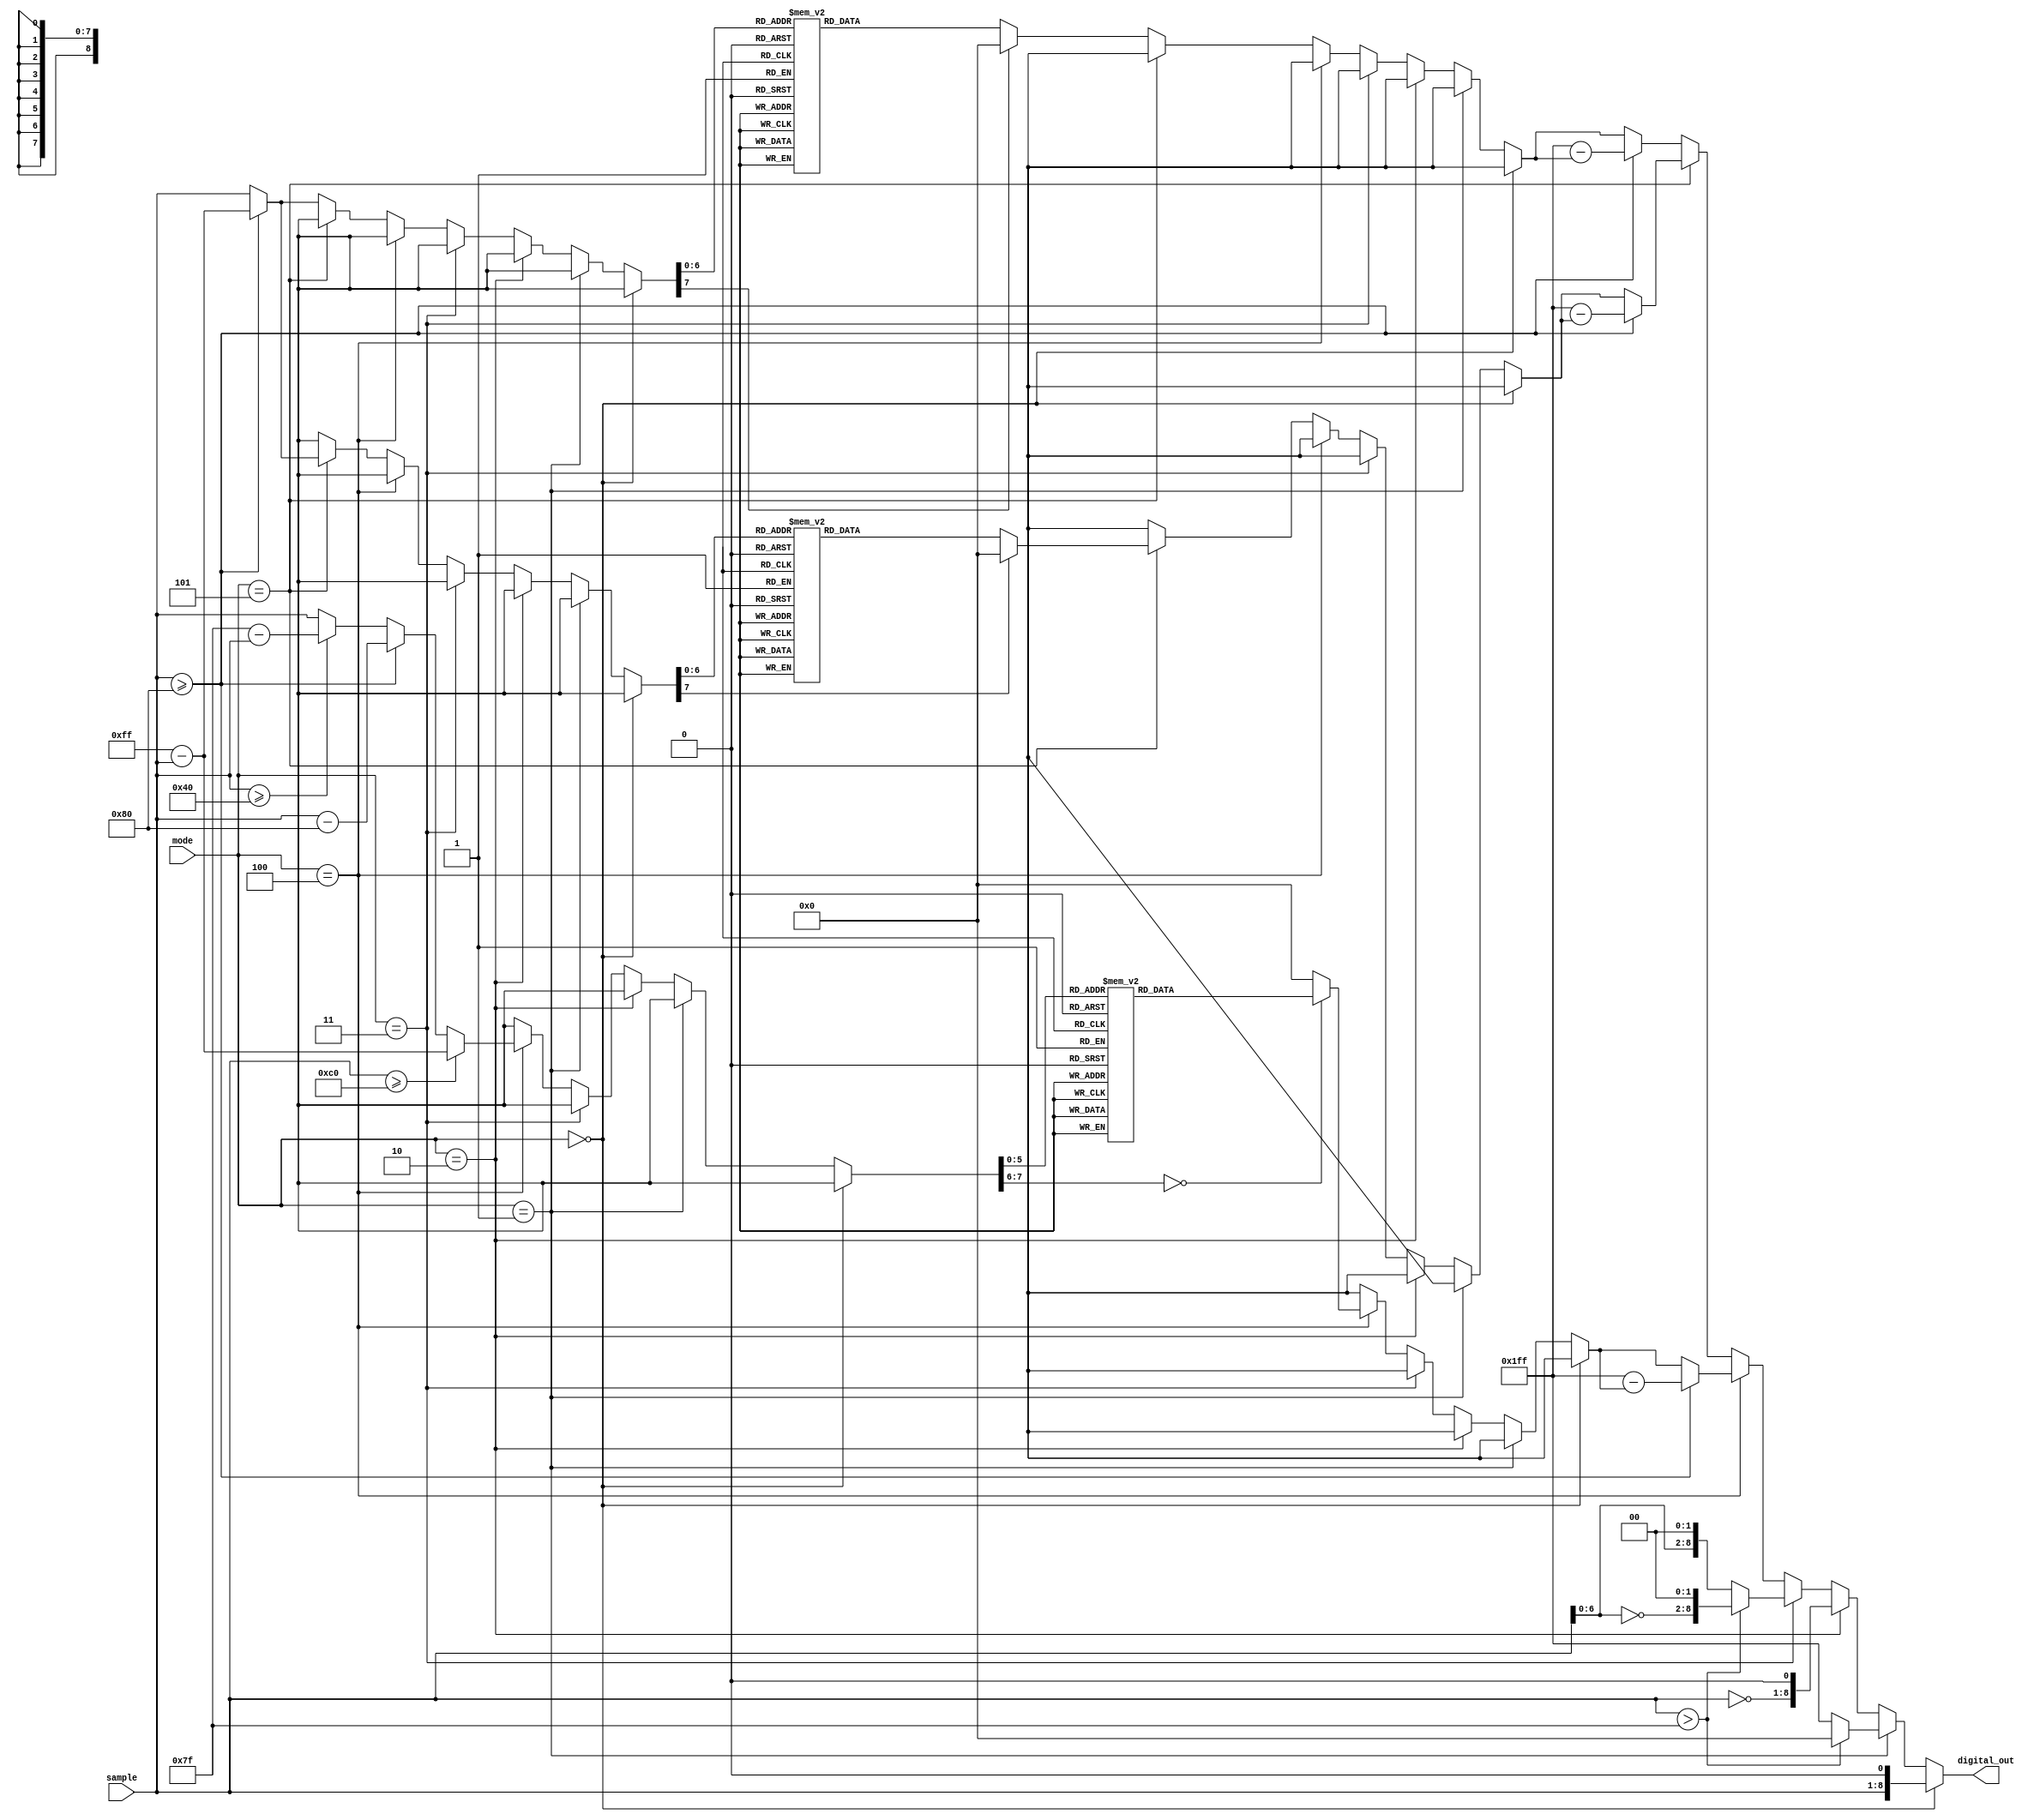
`default_nettype none
module wave_shape_table (
	sample,
	mode,
	digital_out
);
	reg _sv2v_0;
	input wire [7:0] sample;
	input wire [2:0] mode;
	output reg [8:0] digital_out;
	reg [7:0] new_sample;
	always @(*) begin
		if (_sv2v_0)
			;
		new_sample = 0;
		if (mode == 3'd0)
			digital_out = {sample, 1'b0};
		else if (mode == 3'd1) begin
			if (sample > 127)
				digital_out = 9'b000000000;
			else
				digital_out = 9'b111111111;
		end
		else if (mode == 3'd2)
			digital_out = {~sample, 1'b0};
		else if (mode == 3'd3) begin
			if (sample > 127)
				digital_out = {~sample[6:0], 2'b00};
			else
				digital_out = {sample[6:0], 2'b00};
		end
		else if (mode == 3'd4) begin
			if (sample >= 192)
				new_sample = 8'd255 - sample;
			else if (sample >= 128)
				new_sample = sample - 8'd128;
			else if (sample >= 64)
				new_sample = 8'd127 - sample;
			else
				new_sample = sample;
			case (new_sample)
				8'b00000000: digital_out = 9'b011111111;
				8'b00000001: digital_out = 9'b100000101;
				8'b00000010: digital_out = 9'b100001100;
				8'b00000011: digital_out = 9'b100010010;
				8'b00000100: digital_out = 9'b100011000;
				8'b00000101: digital_out = 9'b100011110;
				8'b00000110: digital_out = 9'b100100100;
				8'b00000111: digital_out = 9'b100101011;
				8'b00001000: digital_out = 9'b100110001;
				8'b00001001: digital_out = 9'b100110111;
				8'b00001010: digital_out = 9'b100111101;
				8'b00001011: digital_out = 9'b101000011;
				8'b00001100: digital_out = 9'b101001001;
				8'b00001101: digital_out = 9'b101001111;
				8'b00001110: digital_out = 9'b101010101;
				8'b00001111: digital_out = 9'b101011011;
				8'b00010000: digital_out = 9'b101100001;
				8'b00010001: digital_out = 9'b101100110;
				8'b00010010: digital_out = 9'b101101100;
				8'b00010011: digital_out = 9'b101110010;
				8'b00010100: digital_out = 9'b101110111;
				8'b00010101: digital_out = 9'b101111101;
				8'b00010110: digital_out = 9'b110000010;
				8'b00010111: digital_out = 9'b110000111;
				8'b00011000: digital_out = 9'b110001101;
				8'b00011001: digital_out = 9'b110010010;
				8'b00011010: digital_out = 9'b110010111;
				8'b00011011: digital_out = 9'b110011100;
				8'b00011100: digital_out = 9'b110100001;
				8'b00011101: digital_out = 9'b110100110;
				8'b00011110: digital_out = 9'b110101010;
				8'b00011111: digital_out = 9'b110101111;
				8'b00100000: digital_out = 9'b110110011;
				8'b00100001: digital_out = 9'b110111000;
				8'b00100010: digital_out = 9'b110111100;
				8'b00100011: digital_out = 9'b111000000;
				8'b00100100: digital_out = 9'b111000100;
				8'b00100101: digital_out = 9'b111001000;
				8'b00100110: digital_out = 9'b111001100;
				8'b00100111: digital_out = 9'b111001111;
				8'b00101000: digital_out = 9'b111010011;
				8'b00101001: digital_out = 9'b111010110;
				8'b00101010: digital_out = 9'b111011010;
				8'b00101011: digital_out = 9'b111011101;
				8'b00101100: digital_out = 9'b111100000;
				8'b00101101: digital_out = 9'b111100011;
				8'b00101110: digital_out = 9'b111100110;
				8'b00101111: digital_out = 9'b111101000;
				8'b00110000: digital_out = 9'b111101011;
				8'b00110001: digital_out = 9'b111101101;
				8'b00110010: digital_out = 9'b111101111;
				8'b00110011: digital_out = 9'b111110001;
				8'b00110100: digital_out = 9'b111110011;
				8'b00110101: digital_out = 9'b111110101;
				8'b00110110: digital_out = 9'b111110110;
				8'b00110111: digital_out = 9'b111111000;
				8'b00111000: digital_out = 9'b111111001;
				8'b00111001: digital_out = 9'b111111010;
				8'b00111010: digital_out = 9'b111111011;
				8'b00111011: digital_out = 9'b111111100;
				8'b00111100: digital_out = 9'b111111101;
				8'b00111101: digital_out = 9'b111111101;
				8'b00111110: digital_out = 9'b111111110;
				8'b00111111: digital_out = 9'b111111110;
				default: digital_out = 9'b000000000;
			endcase
			if (sample >= 128)
				digital_out = 9'd511 - digital_out;
			else
				digital_out = digital_out;
		end
		else if (mode == 3'd5) begin
			if (sample >= 128)
				new_sample = 8'd255 - sample;
			else
				new_sample = sample;
			case (new_sample)
				8'b00000000: digital_out = 9'b100000000;
				8'b00000001: digital_out = 9'b100001110;
				8'b00000010: digital_out = 9'b100011100;
				8'b00000011: digital_out = 9'b100101010;
				8'b00000100: digital_out = 9'b100111010;
				8'b00000101: digital_out = 9'b101001000;
				8'b00000110: digital_out = 9'b101010110;
				8'b00000111: digital_out = 9'b101100100;
				8'b00001000: digital_out = 9'b101110000;
				8'b00001001: digital_out = 9'b101111110;
				8'b00001010: digital_out = 9'b110001010;
				8'b00001011: digital_out = 9'b110010110;
				8'b00001100: digital_out = 9'b110100010;
				8'b00001101: digital_out = 9'b110101100;
				8'b00001110: digital_out = 9'b110110110;
				8'b00001111: digital_out = 9'b111000000;
				8'b00010000: digital_out = 9'b111001010;
				8'b00010001: digital_out = 9'b111010010;
				8'b00010010: digital_out = 9'b111011010;
				8'b00010011: digital_out = 9'b111100000;
				8'b00010100: digital_out = 9'b111101000;
				8'b00010101: digital_out = 9'b111101100;
				8'b00010110: digital_out = 9'b111110010;
				8'b00010111: digital_out = 9'b111110110;
				8'b00011000: digital_out = 9'b111111000;
				8'b00011001: digital_out = 9'b111111100;
				8'b00011010: digital_out = 9'b111111100;
				8'b00011011: digital_out = 9'b111111110;
				8'b00011100: digital_out = 9'b111111110;
				8'b00011101: digital_out = 9'b111111110;
				8'b00011110: digital_out = 9'b111111100;
				8'b00011111: digital_out = 9'b111111010;
				8'b00100000: digital_out = 9'b111111000;
				8'b00100001: digital_out = 9'b111110100;
				8'b00100010: digital_out = 9'b111110000;
				8'b00100011: digital_out = 9'b111101100;
				8'b00100100: digital_out = 9'b111100110;
				8'b00100101: digital_out = 9'b111100000;
				8'b00100110: digital_out = 9'b111011010;
				8'b00100111: digital_out = 9'b111010100;
				8'b00101000: digital_out = 9'b111001100;
				8'b00101001: digital_out = 9'b111000100;
				8'b00101010: digital_out = 9'b110111100;
				8'b00101011: digital_out = 9'b110110100;
				8'b00101100: digital_out = 9'b110101010;
				8'b00101101: digital_out = 9'b110100010;
				8'b00101110: digital_out = 9'b110011000;
				8'b00101111: digital_out = 9'b110010000;
				8'b00110000: digital_out = 9'b110000110;
				8'b00110001: digital_out = 9'b101111100;
				8'b00110010: digital_out = 9'b101110100;
				8'b00110011: digital_out = 9'b101101010;
				8'b00110100: digital_out = 9'b101100000;
				8'b00110101: digital_out = 9'b101010110;
				8'b00110110: digital_out = 9'b101001110;
				8'b00110111: digital_out = 9'b101000100;
				8'b00111000: digital_out = 9'b100111100;
				8'b00111001: digital_out = 9'b100110010;
				8'b00111010: digital_out = 9'b100101010;
				8'b00111011: digital_out = 9'b100100010;
				8'b00111100: digital_out = 9'b100011010;
				8'b00111101: digital_out = 9'b100010100;
				8'b00111110: digital_out = 9'b100001100;
				8'b00111111: digital_out = 9'b100000110;
				8'b01000000: digital_out = 9'b100000000;
				8'b01000001: digital_out = 9'b011111010;
				8'b01000010: digital_out = 9'b011110100;
				8'b01000011: digital_out = 9'b011101110;
				8'b01000100: digital_out = 9'b011101010;
				8'b01000101: digital_out = 9'b011100110;
				8'b01000110: digital_out = 9'b011100010;
				8'b01000111: digital_out = 9'b011100000;
				8'b01001000: digital_out = 9'b011011100;
				8'b01001001: digital_out = 9'b011011010;
				8'b01001010: digital_out = 9'b011011000;
				8'b01001011: digital_out = 9'b011011000;
				8'b01001100: digital_out = 9'b011010110;
				8'b01001101: digital_out = 9'b011010110;
				8'b01001110: digital_out = 9'b011010110;
				8'b01001111: digital_out = 9'b011010110;
				8'b01010000: digital_out = 9'b011011000;
				8'b01010001: digital_out = 9'b011011000;
				8'b01010010: digital_out = 9'b011011010;
				8'b01010011: digital_out = 9'b011011100;
				8'b01010100: digital_out = 9'b011011110;
				8'b01010101: digital_out = 9'b011100000;
				8'b01010110: digital_out = 9'b011100010;
				8'b01010111: digital_out = 9'b011100100;
				8'b01011000: digital_out = 9'b011101000;
				8'b01011001: digital_out = 9'b011101010;
				8'b01011010: digital_out = 9'b011101110;
				8'b01011011: digital_out = 9'b011110000;
				8'b01011100: digital_out = 9'b011110100;
				8'b01011101: digital_out = 9'b011110110;
				8'b01011110: digital_out = 9'b011111010;
				8'b01011111: digital_out = 9'b011111110;
				8'b01100000: digital_out = 9'b100000000;
				8'b01100001: digital_out = 9'b100000100;
				8'b01100010: digital_out = 9'b100000110;
				8'b01100011: digital_out = 9'b100001000;
				8'b01100100: digital_out = 9'b100001100;
				8'b01100101: digital_out = 9'b100001110;
				8'b01100110: digital_out = 9'b100010000;
				8'b01100111: digital_out = 9'b100010010;
				8'b01101000: digital_out = 9'b100010100;
				8'b01101001: digital_out = 9'b100010110;
				8'b01101010: digital_out = 9'b100011000;
				8'b01101011: digital_out = 9'b100011000;
				8'b01101100: digital_out = 9'b100011010;
				8'b01101101: digital_out = 9'b100011010;
				8'b01101110: digital_out = 9'b100011010;
				8'b01101111: digital_out = 9'b100011100;
				8'b01110000: digital_out = 9'b100011010;
				8'b01110001: digital_out = 9'b100011010;
				8'b01110010: digital_out = 9'b100011010;
				8'b01110011: digital_out = 9'b100011010;
				8'b01110100: digital_out = 9'b100011000;
				8'b01110101: digital_out = 9'b100010110;
				8'b01110110: digital_out = 9'b100010110;
				8'b01110111: digital_out = 9'b100010100;
				8'b01111000: digital_out = 9'b100010010;
				8'b01111001: digital_out = 9'b100010000;
				8'b01111010: digital_out = 9'b100001110;
				8'b01111011: digital_out = 9'b100001100;
				8'b01111100: digital_out = 9'b100001010;
				8'b01111101: digital_out = 9'b100000110;
				8'b01111110: digital_out = 9'b100000100;
				8'b01111111: digital_out = 9'b100000010;
				default: digital_out = 9'b000000000;
			endcase
			if (sample >= 128)
				digital_out = 9'd511 - digital_out;
			else
				digital_out = digital_out;
		end
		else begin
			if (sample >= 128)
				new_sample = 8'd255 - sample;
			else
				new_sample = sample;
			case (new_sample)
				8'b00000000: digital_out = 9'b011111110;
				8'b00000001: digital_out = 9'b100101010;
				8'b00000010: digital_out = 9'b101010100;
				8'b00000011: digital_out = 9'b101111010;
				8'b00000100: digital_out = 9'b110011110;
				8'b00000101: digital_out = 9'b110111100;
				8'b00000110: digital_out = 9'b111010110;
				8'b00000111: digital_out = 9'b111101010;
				8'b00001000: digital_out = 9'b111110110;
				8'b00001001: digital_out = 9'b111111110;
				8'b00001010: digital_out = 9'b111111110;
				8'b00001011: digital_out = 9'b111111000;
				8'b00001100: digital_out = 9'b111101110;
				8'b00001101: digital_out = 9'b111100000;
				8'b00001110: digital_out = 9'b111001100;
				8'b00001111: digital_out = 9'b110111000;
				8'b00010000: digital_out = 9'b110100000;
				8'b00010001: digital_out = 9'b110001010;
				8'b00010010: digital_out = 9'b101110010;
				8'b00010011: digital_out = 9'b101011100;
				8'b00010100: digital_out = 9'b101001000;
				8'b00010101: digital_out = 9'b100111000;
				8'b00010110: digital_out = 9'b100101010;
				8'b00010111: digital_out = 9'b100011110;
				8'b00011000: digital_out = 9'b100011000;
				8'b00011001: digital_out = 9'b100010100;
				8'b00011010: digital_out = 9'b100010010;
				8'b00011011: digital_out = 9'b100010100;
				8'b00011100: digital_out = 9'b100011000;
				8'b00011101: digital_out = 9'b100011110;
				8'b00011110: digital_out = 9'b100100100;
				8'b00011111: digital_out = 9'b100101010;
				8'b00100000: digital_out = 9'b100110010;
				8'b00100001: digital_out = 9'b100111000;
				8'b00100010: digital_out = 9'b100111100;
				8'b00100011: digital_out = 9'b101000000;
				8'b00100100: digital_out = 9'b101000010;
				8'b00100101: digital_out = 9'b101000010;
				8'b00100110: digital_out = 9'b101000010;
				8'b00100111: digital_out = 9'b100111110;
				8'b00101000: digital_out = 9'b100111010;
				8'b00101001: digital_out = 9'b100110100;
				8'b00101010: digital_out = 9'b100101110;
				8'b00101011: digital_out = 9'b100101000;
				8'b00101100: digital_out = 9'b100100010;
				8'b00101101: digital_out = 9'b100011100;
				8'b00101110: digital_out = 9'b100011000;
				8'b00101111: digital_out = 9'b100010100;
				8'b00110000: digital_out = 9'b100010000;
				8'b00110001: digital_out = 9'b100010000;
				8'b00110010: digital_out = 9'b100001110;
				8'b00110011: digital_out = 9'b100010000;
				8'b00110100: digital_out = 9'b100010010;
				8'b00110101: digital_out = 9'b100010100;
				8'b00110110: digital_out = 9'b100010110;
				8'b00110111: digital_out = 9'b100011010;
				8'b00111000: digital_out = 9'b100011110;
				8'b00111001: digital_out = 9'b100100000;
				8'b00111010: digital_out = 9'b100100100;
				8'b00111011: digital_out = 9'b100100110;
				8'b00111100: digital_out = 9'b100100110;
				8'b00111101: digital_out = 9'b100100110;
				8'b00111110: digital_out = 9'b100100110;
				8'b00111111: digital_out = 9'b100100100;
				8'b01000000: digital_out = 9'b100100010;
				8'b01000001: digital_out = 9'b100100000;
				8'b01000010: digital_out = 9'b100011100;
				8'b01000011: digital_out = 9'b100011000;
				8'b01000100: digital_out = 9'b100010100;
				8'b01000101: digital_out = 9'b100010010;
				8'b01000110: digital_out = 9'b100001110;
				8'b01000111: digital_out = 9'b100001100;
				8'b01001000: digital_out = 9'b100001010;
				8'b01001001: digital_out = 9'b100001010;
				8'b01001010: digital_out = 9'b100001010;
				8'b01001011: digital_out = 9'b100001010;
				8'b01001100: digital_out = 9'b100001010;
				8'b01001101: digital_out = 9'b100001100;
				8'b01001110: digital_out = 9'b100001110;
				8'b01001111: digital_out = 9'b100010000;
				8'b01010000: digital_out = 9'b100010010;
				8'b01010001: digital_out = 9'b100010100;
				8'b01010010: digital_out = 9'b100010110;
				8'b01010011: digital_out = 9'b100011000;
				8'b01010100: digital_out = 9'b100011000;
				8'b01010101: digital_out = 9'b100010110;
				8'b01010110: digital_out = 9'b100010110;
				8'b01010111: digital_out = 9'b100010100;
				8'b01011000: digital_out = 9'b100010010;
				8'b01011001: digital_out = 9'b100010000;
				8'b01011010: digital_out = 9'b100001100;
				8'b01011011: digital_out = 9'b100001010;
				8'b01011100: digital_out = 9'b100001000;
				8'b01011101: digital_out = 9'b100000100;
				8'b01011110: digital_out = 9'b100000100;
				8'b01011111: digital_out = 9'b100000010;
				8'b01100000: digital_out = 9'b100000010;
				8'b01100001: digital_out = 9'b100000010;
				8'b01100010: digital_out = 9'b100000010;
				8'b01100011: digital_out = 9'b100000100;
				8'b01100100: digital_out = 9'b100000110;
				8'b01100101: digital_out = 9'b100001000;
				8'b01100110: digital_out = 9'b100001100;
				8'b01100111: digital_out = 9'b100001110;
				8'b01101000: digital_out = 9'b100010000;
				8'b01101001: digital_out = 9'b100010010;
				8'b01101010: digital_out = 9'b100010100;
				8'b01101011: digital_out = 9'b100010100;
				8'b01101100: digital_out = 9'b100010010;
				8'b01101101: digital_out = 9'b100010010;
				8'b01101110: digital_out = 9'b100001110;
				8'b01101111: digital_out = 9'b100001100;
				8'b01110000: digital_out = 9'b100001000;
				8'b01110001: digital_out = 9'b100000010;
				8'b01110010: digital_out = 9'b011111110;
				8'b01110011: digital_out = 9'b011111000;
				8'b01110100: digital_out = 9'b011110100;
				8'b01110101: digital_out = 9'b011110000;
				8'b01110110: digital_out = 9'b011101100;
				8'b01110111: digital_out = 9'b011101000;
				8'b01111000: digital_out = 9'b011100110;
				8'b01111001: digital_out = 9'b011100110;
				8'b01111010: digital_out = 9'b011100110;
				8'b01111011: digital_out = 9'b011101000;
				8'b01111100: digital_out = 9'b011101100;
				8'b01111101: digital_out = 9'b011110000;
				8'b01111110: digital_out = 9'b011110100;
				8'b01111111: digital_out = 9'b011111010;
				default: digital_out = 0;
			endcase
			if (sample >= 128)
				digital_out = 9'd511 - digital_out;
			else
				digital_out = digital_out;
		end
	end
	initial _sv2v_0 = 0;
endmodule